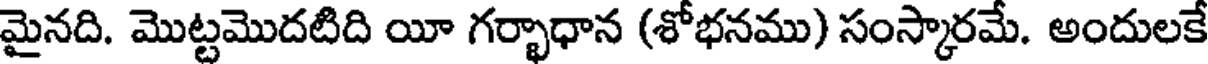
మైనది. మొట్టమొదటిది యీ గర్భాధాన (శోభనము) సంస్కారమే. అందులకే